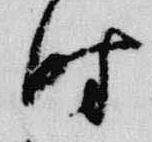
時